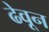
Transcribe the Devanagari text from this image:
ढेवून